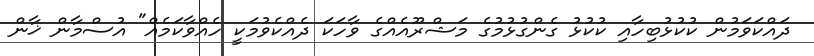
ދައްކަވަމުން ކުކުޅުބިހާއި ކުކުޅު ގެންގުޅުމުގެ މަޝްރޫއެއްގެ ވާހަކަ ދެއްކެވުމަކީ ހެއްވާކަމެއް" އުސްމާން ޚާން